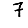
Digit: 7